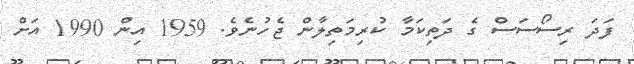
ފަދަ ރިސޯސަސް ގެ ދަތިކަމާ ކުރިމަތިލާން ޖެހުނެވެ. 1959 އިން 1990 އަށް